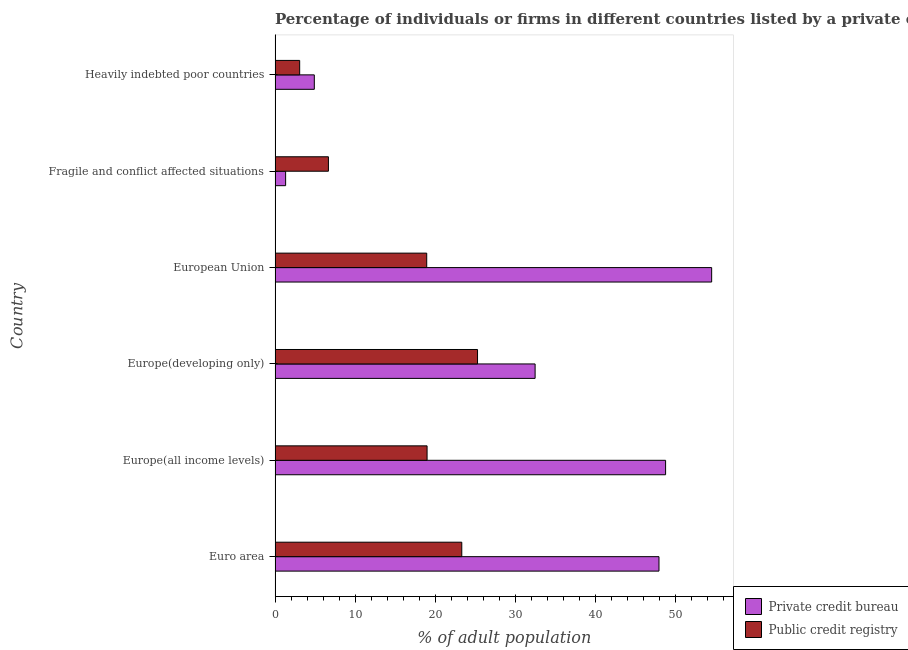
| Country | Private credit bureau | Public credit registry |
 | --- | --- | --- |
 | Euro area | 48 | 23.3 |
 | Europe(all income levels) | 48.8 | 19 |
 | Europe(developing only) | 32.5 | 25.3 |
 | European Union | 54.6 | 18.9 |
 | Fragile and conflict affected situations | 1.32 | 6.67 |
 | Heavily indebted poor countries | 4.9 | 3.07 |